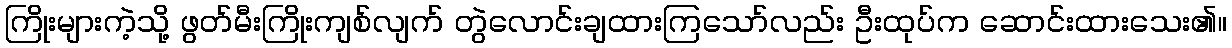
ကြိုးများကဲ့သို့ ဖွတ်မီးကြိုးကျစ်လျက် တွဲလောင်းချထားကြသော်လည်း ဦးထုပ်က ဆောင်းထားသေး၏။